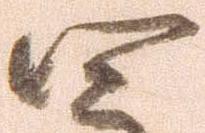
四